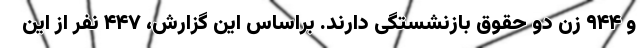
و ۹۴۴ زن دو حقوق بازنشستگی دارند. براساس این گزارش، ۴۴۷ نفر از این